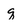
Character: q